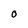
Character: 0